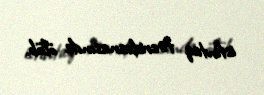
istintaq təcridxanasında ölüb.